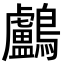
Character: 鸕